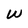
Character: W